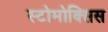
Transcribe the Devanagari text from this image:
स्टोमोक्सिस